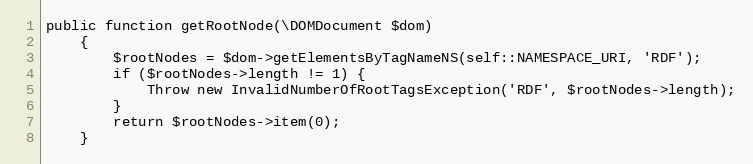
Language: PHP
public function getRootNode(\DOMDocument $dom)
    {
        $rootNodes = $dom->getElementsByTagNameNS(self::NAMESPACE_URI, 'RDF');
        if ($rootNodes->length != 1) {
            Throw new InvalidNumberOfRootTagsException('RDF', $rootNodes->length);
        }
        return $rootNodes->item(0);
    }